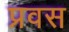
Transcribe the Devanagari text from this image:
प्रवस